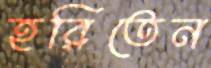
হরিতেন